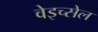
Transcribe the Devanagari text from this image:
वेइच्सेल